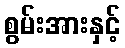
စွမ်းအားနှင့်